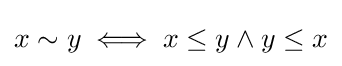
x\sim y\iff x\leq y\land y\leq x